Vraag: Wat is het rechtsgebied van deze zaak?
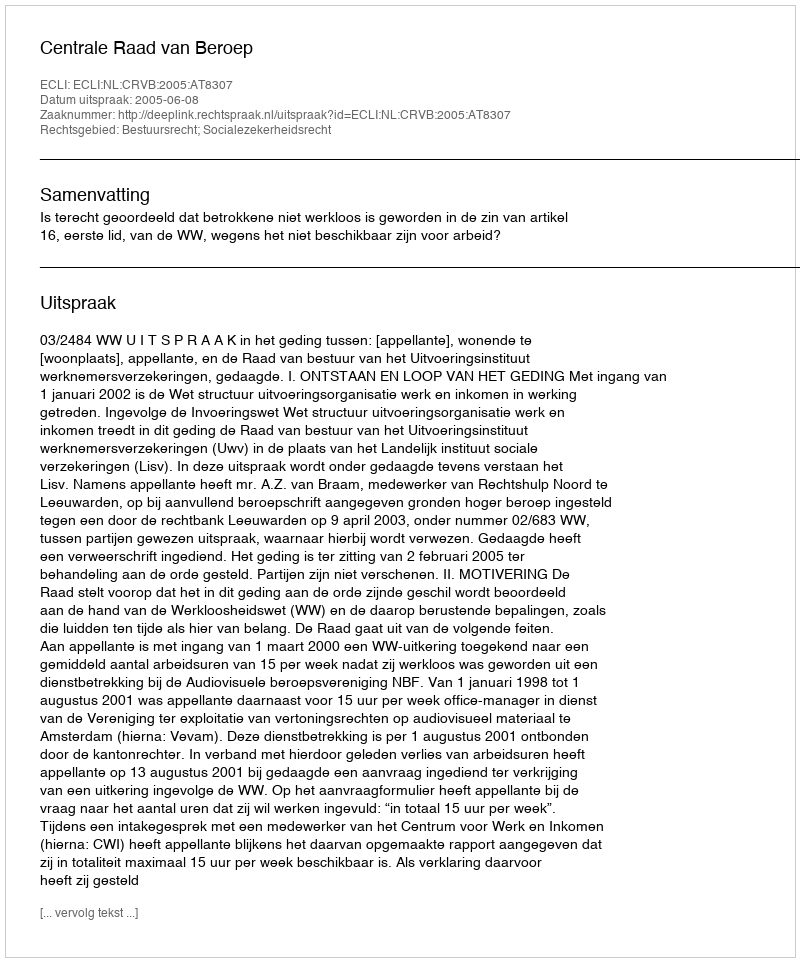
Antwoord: Bestuursrecht; Socialezekerheidsrecht